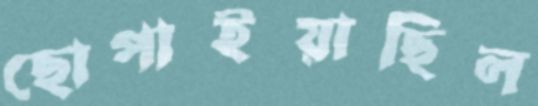
ছোপাইয়াছিল